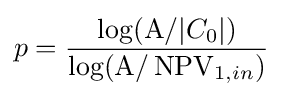
p={\frac {\log(\mathrm {A} /|C_{0}|)}{\log(\mathrm {A} /\operatorname {NPV} _{1,in})}}